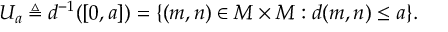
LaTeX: \qquad U _ { a } \triangleq d ^ { - 1 } ( [ 0 , a ] ) = \{ ( m , n ) \in M \times M : d ( m , n ) \leq a \} .